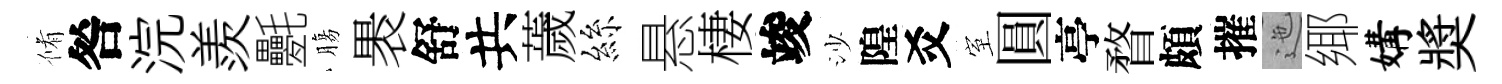
脩咎浣羨氎膓褁舒共薉絲悬棲竣沙隍爻室圓亭瞀頗摧迤鄊媾奬